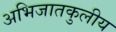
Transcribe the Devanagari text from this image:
अभिजातकुलीय